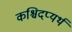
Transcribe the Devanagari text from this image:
कश्चिदप्यर्थ